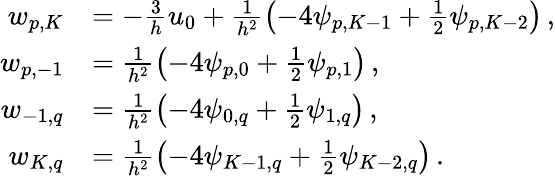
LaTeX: \begin{array}{rl}{w_{p,K}}&{=-\frac{3}{h}u_{0}+\frac{1}{h^{2}}\left(-4\psi_{p,K-1}+\frac{1}{2}\psi_{p,K-2}\right)\, ,}\\ {w_{p,-1}}&{=\frac{1}{h^{2}}\left(-4\psi_{p,0}+\frac{1}{2}\psi_{p,1}\right)\, ,}\\ {w_{-1,q}}&{=\frac{1}{h^{2}}\left(-4\psi_{0,q}+\frac{1}{2}\psi_{1,q}\right)\, ,}\\ {w_{K,q}}&{=\frac{1}{h^{2}}\left(-4\psi_{K-1,q}+\frac{1}{2}\psi_{K-2,q}\right)\, .}\end{array}